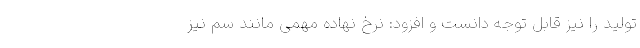
تولید را نیز قابل توجه دانست و افزود: نرخ نهاده مهمی مانند سم نیز